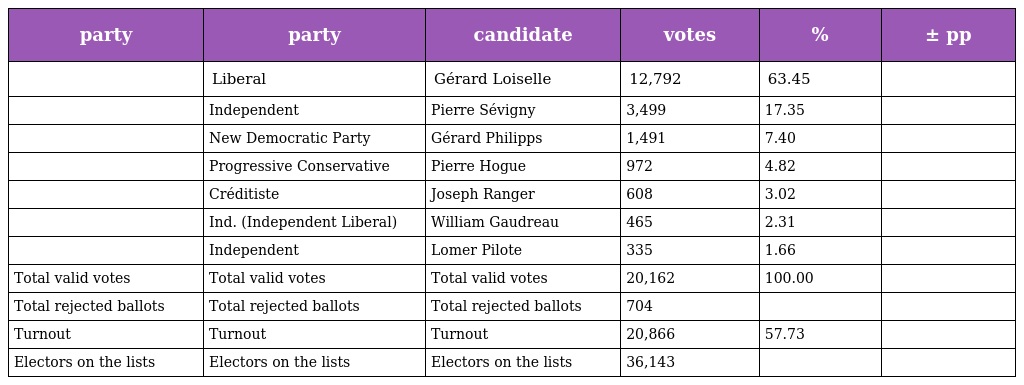
| party | party | candidate | votes | % | ± pp |
 | --- | --- | --- | --- | --- | --- |
 |  | Liberal | Gérard Loiselle | 12,792 | 63.45 |  |
 |  | Independent | Pierre Sévigny | 3,499 | 17.35 |  |
 |  | New Democratic Party | Gérard Philipps | 1,491 | 7.40 |  |
 |  | Progressive Conservative | Pierre Hogue | 972 | 4.82 |  |
 |  | Créditiste | Joseph Ranger | 608 | 3.02 |  |
 |  | Ind. (Independent Liberal) | William Gaudreau | 465 | 2.31 |  |
 |  | Independent | Lomer Pilote | 335 | 1.66 |  |
 | Total valid votes | Total valid votes | Total valid votes | 20,162 | 100.00 |  |
 | Total rejected ballots | Total rejected ballots | Total rejected ballots | 704 |  |  |
 | Turnout | Turnout | Turnout | 20,866 | 57.73 |  |
 | Electors on the lists | Electors on the lists | Electors on the lists | 36,143 |  |  |